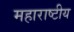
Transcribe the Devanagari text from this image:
महाराष्टीय